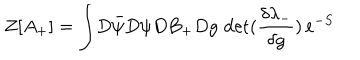
LaTeX: Z [ A _ { + } ] = \int \! D \bar { \psi } D \psi D B _ { + } D g \, \, \mathrm { d e t } ( \frac { \delta \lambda _ { - } } { \delta g } ) \, e ^ { - S }